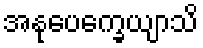
အနုပေက္ခေယျာသိ